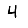
Digit: 4